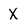
Character: X